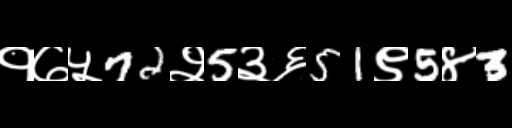
Text: १७५72२5३६51९5४3